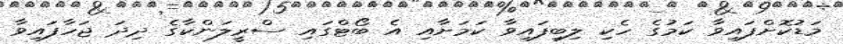
މަޑުކޮށްފައިވާ ކަމުގެ ހެކި ލިބިފައިވާ ކަމަށާއި އެ ބޯޓްގައި ސްރީލަންކާގެ ދިދަ ޖަހާފައިވާ